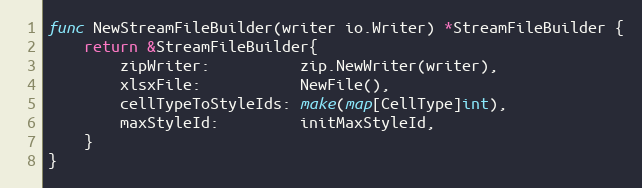
Language: Go
func NewStreamFileBuilder(writer io.Writer) *StreamFileBuilder {
	return &StreamFileBuilder{
		zipWriter:          zip.NewWriter(writer),
		xlsxFile:           NewFile(),
		cellTypeToStyleIds: make(map[CellType]int),
		maxStyleId:         initMaxStyleId,
	}
}